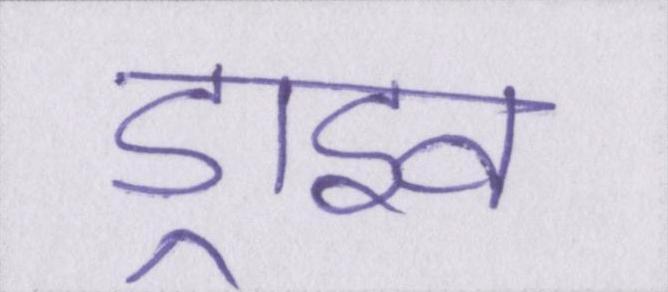
ड्राइव